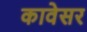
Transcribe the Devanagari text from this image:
कावेसर